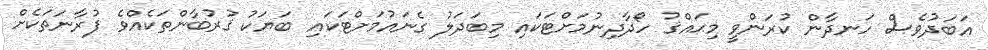
އަބަދުވެސް ހަނދާން ކުރަންވީ މިޙައްޤު ހޯދާދިނުމަށްޓަކައި މިބަދަލު ގެނައުމަށްޓަކައި ބަޔަކު ޤުރުބާންތަކެއްވެ ފުރާނަތަކެށް